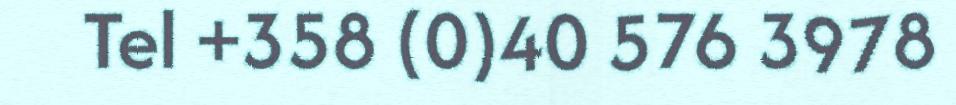
Tel +358 (0)40 576 3978